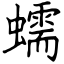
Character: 蠕